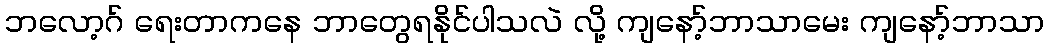
ဘလော့ဂ် ရေးတာကနေ ဘာတွေရနိုင်ပါသလဲ လို့ ကျနော့်ဘာသာမေး ကျနော့်ဘာသာ